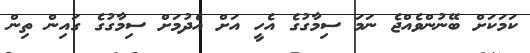
ކަމަކަށް ބޭނުންވެއްޖެ ނަމަ ސިމާގުގެ އެހީ އަށް އެދުމަށް ސިމާގުގެ ގައިން ތިން